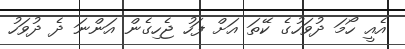
އެއީ ހޯމަ ދުވަހުގެ ކޭތަ އަށް ފަހު ޖެހިގެން އަންނަ ދެ ދުވަހު